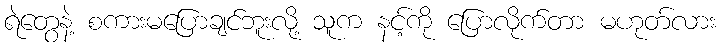
ရဲတွေနဲ့ စကားမပြောချင်ဘူးလို့ သူက နင့်ကို ပြောလိုက်တာ မဟုတ်လား